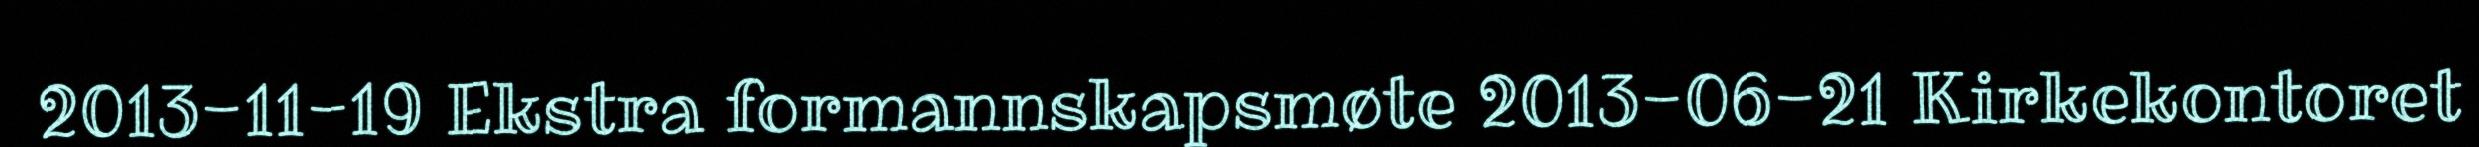
2013-11-19 Ekstra formannskapsmøte 2013-06-21 Kirkekontoret